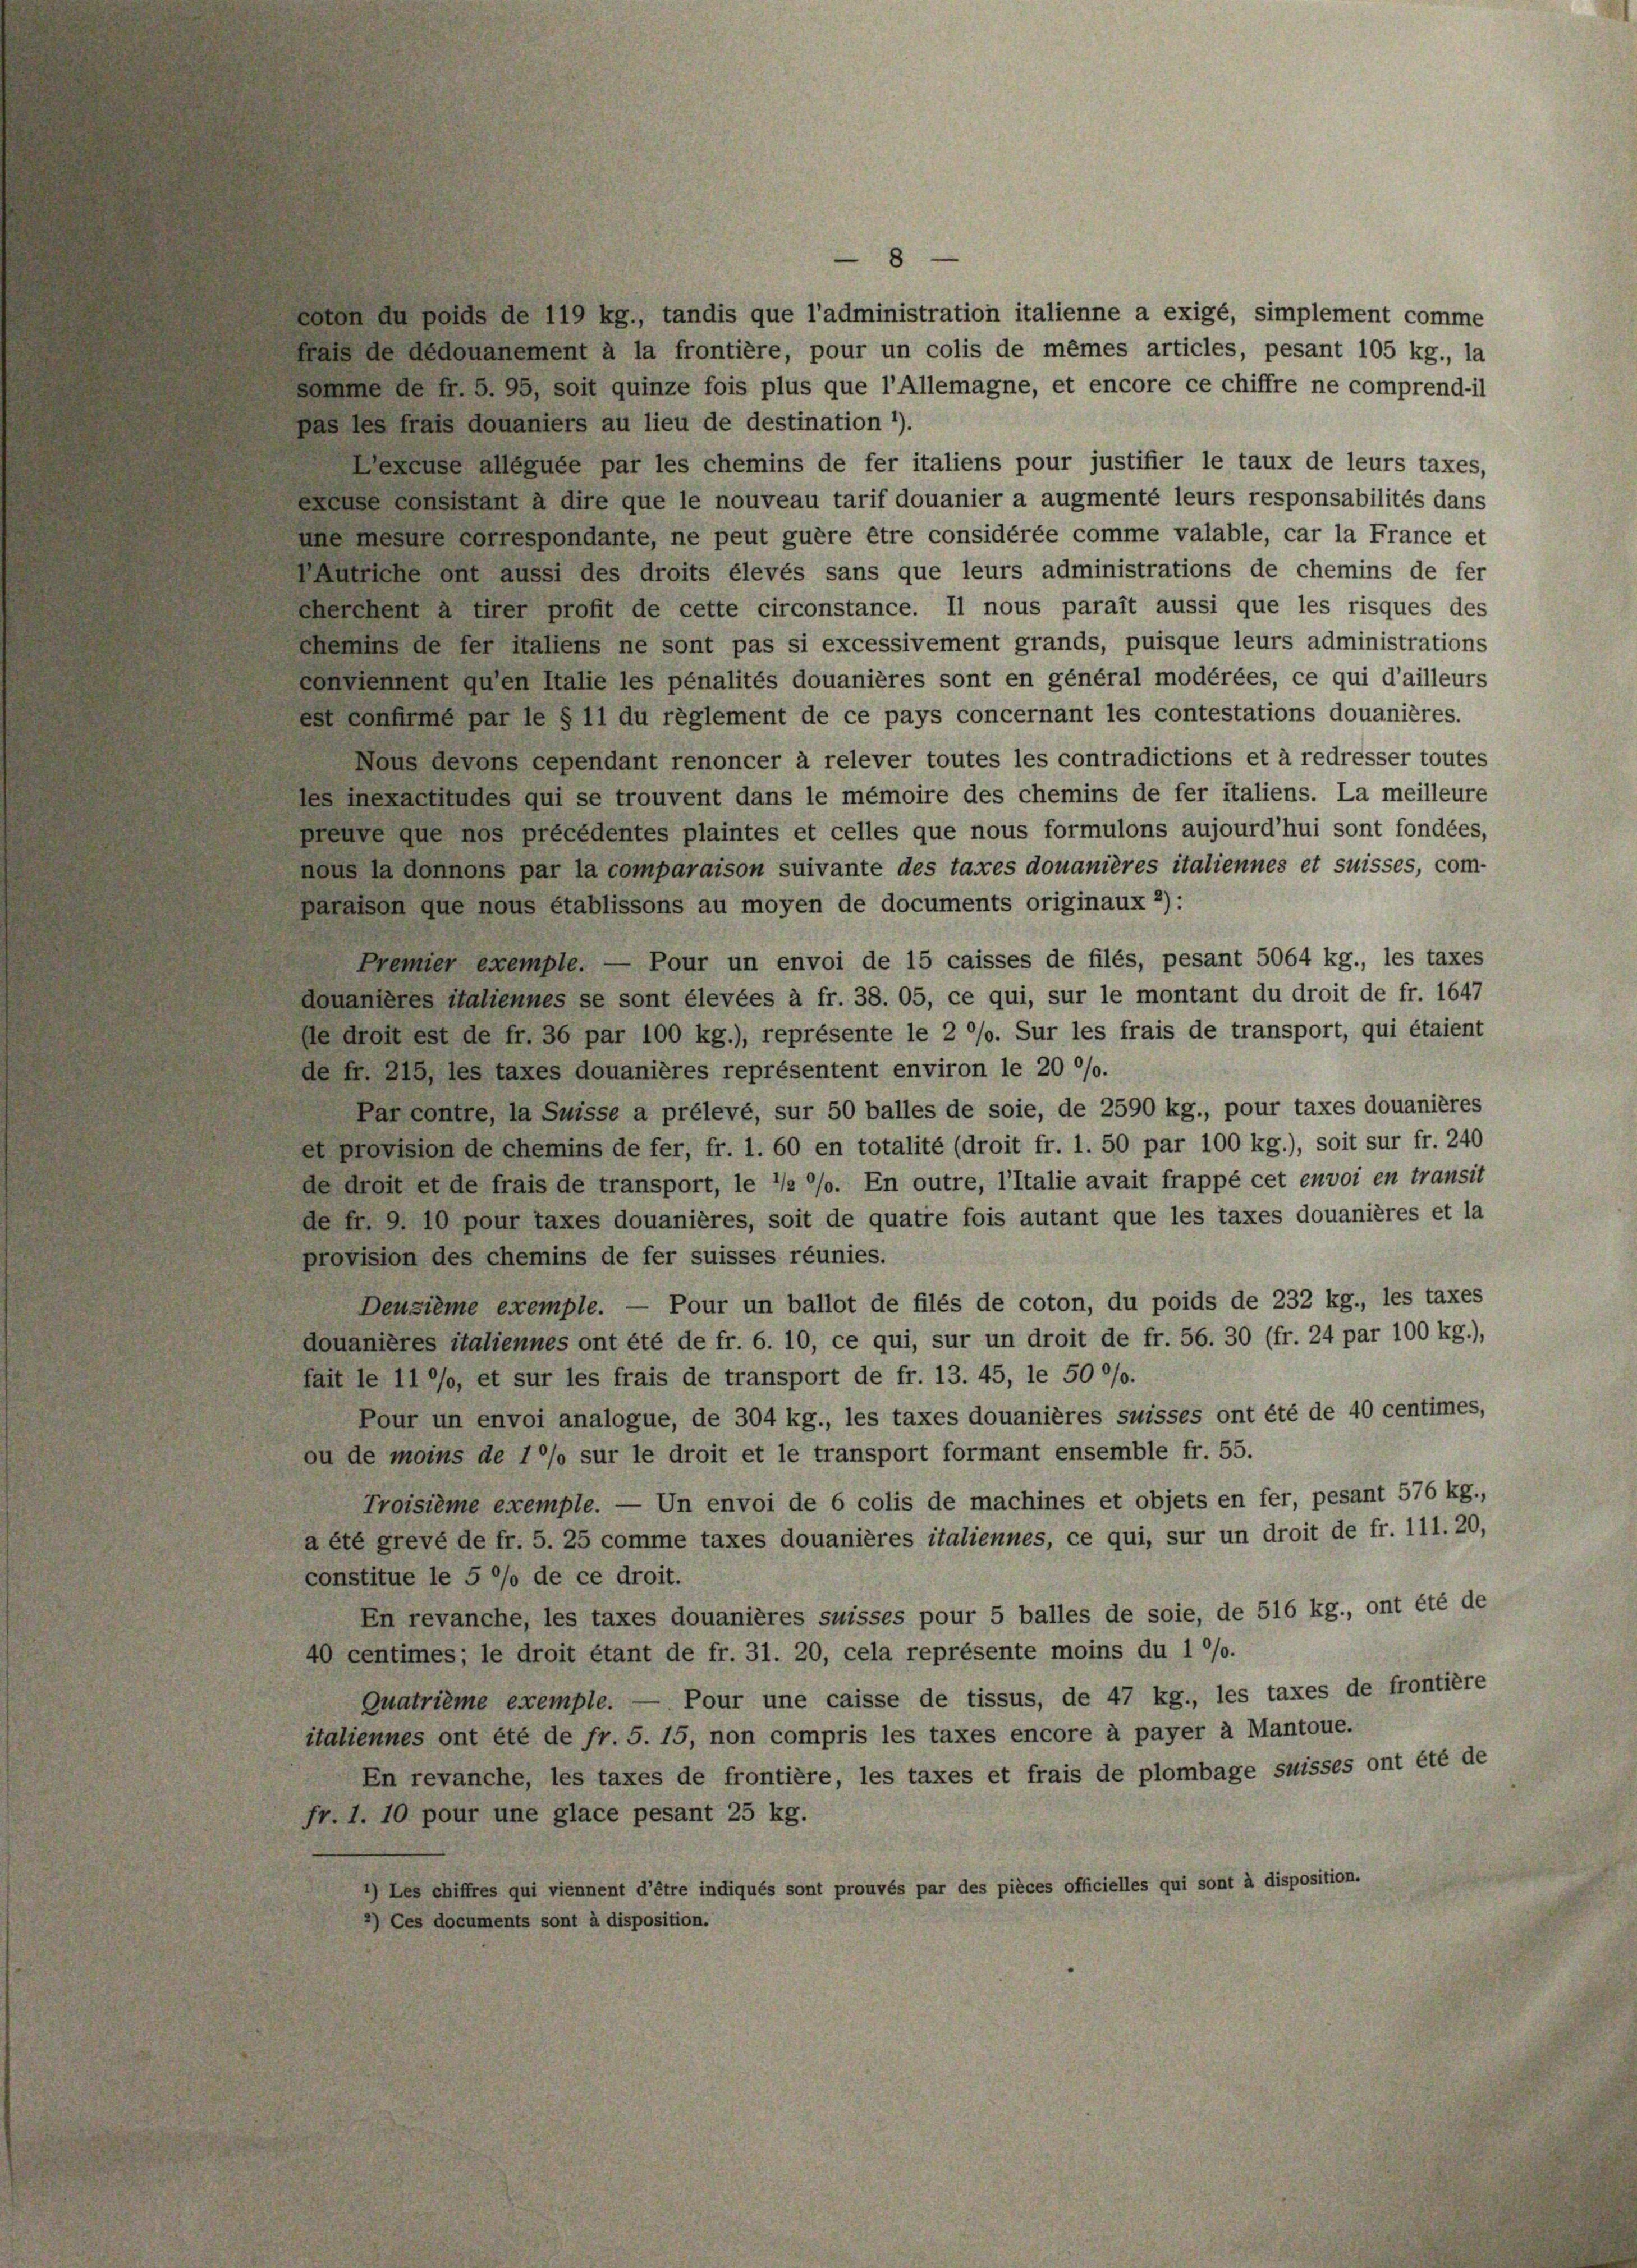
ebten du voide de 110 kg., tandis que l’administration italienne a exigé, simplement comme
frais de dedouanement à la frontière, pour un colis de mêmes articles, pesant 105 kg., la
somme de fr. S. 95, soit quinze fois plus que l’Allemagne, et encore ce chiffre ne comprend-il
pas les frais douaniers au lieu de destination 1).
excuse alléguée par les chemins de fer italiens pour justifier le taux de leurs taxes,
excuse consistant à dire que le nouveau tarif douanier a augmenté leurs responsabilités dans
une mesure correspondante, ne peut guère être considérée comme valable, car la France et
Autriche ont aussi des droits élevés sans que leurs administrations de chemins de fer
cherchent à tirer profit de cette circonstance. Il nous paraît aussi que les risques des
chemins de der Italiens ne sont pas si excessivement grands, puisque leurs administrations
enkennent qu’en Italie les pénalités douanières sont en général modérées, ce qui d’ailleurs
est confirmé par le § 11 du règlement de ce pays concernant les contestations douanières.
Nous devons cependant renoncer à relever toutes les contradictions et à redresser toutes
les inexactitudes qui se trouvent dans le mémoire des chemins de fer italiens. La meilleure
preuve que nos précédentes plaintes et celles que nous formulons aujourd’hui sont fondées,
nous la donnons par la comparaison suivante des taxes douanières italiennes et suisses, com-
paraison que nous établissons au moyen de documents originaux 2):
Premier exemple. — Pour un envoi de 15 caisses de filés, pesant 5064 kg., les taxes
douanières italiennes se sont élevées à fr. 38. 05, ce qui, sur le montant du droit de fr. 1647
de droit est de fr. 36 par 100 kg.), représente le 2 °/o. Sur les frais de transport, qui étaient
de fr. 215, les taxes douanières représentent environ le 20 °/o.
Par contre, la Suisse a prélevé, sur 50 balles de soie, de 2590 kg., pour taxes douanières
et provision de chemins de fer, fr. 1. 60 en totalité (droit fr. 1. 50 par 100 kg.), soit sur fr. 240
de droit et de frais de transport, le 1/2 °/o. En outre, l’Italie avait frappé cet envoi en transit
de fr. 9. 10 pour taxes douanières, soit de quatre fois autant que les taxes douanières et la
provision des chemins de fer suisses réunies.
Deuzième exemple. — Pour un ballot de filés de coton, du poids de 232 kg., les taxes
douanières italiennes ont été de fr. 6. 10, ce qui, sur un droit de fr. 56. 30 (fr. 24 par 100 kg.),
fait le 11 °/o, et sur les frais de transport de fr. 13. 45, le 50 °/o.
Pour un envoi analogue, de 304 kg., les taxes douanières suisses ont été de 40 centimes,
ou de moins de 10% sur le droit et le transport formant ensemble fr. 55.
Troisième exemple. — Un envoi de 6 colis de machines et objets en fer, pesant 576 kg.,
a été grevé de fr. 5. 25 comme taxes douanières italiennes, ce qui, sur un droit de fr. 111. 20,
constitue le 5 °/o de ce droit.
En revanche, les taxes douanières suisses pour 5 balles de soie, de 516 kg., ont été de
40 centimes; le droit étant de fr. 31. 20, cela représente moins du 1 °/o.
Quatrième exemple. — Pour une caisse de tissus, de 47 kg., les taxes de frontière
italiennes ont été de fr. 5. 15, non compris les taxes encore à payer à Mantoue.
En revanche, les taxes de frontière, les taxes et frais de plombage suisses ont été de
fr. 1. 10 pour une glace pesant 25 kg.
*) Les chiffres qui viennent d’être indiqués sont prouvés par des pièces officielles qui sont à disposition.
2) Ces documents sont à disposition.

8